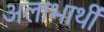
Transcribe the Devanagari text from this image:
अलाभार्थी